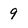
Character: 9